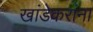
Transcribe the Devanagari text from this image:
खांडेकरांना